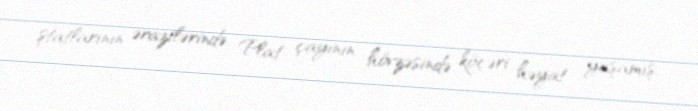
ştatlarının ərazilərində, Plat çayının hövzəsində köçəri həyat yaşamış,